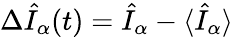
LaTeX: \Delta\hat{I}_{\alpha}(t)=\hat{I}_{\alpha}-\langle\hat{I}_{\alpha}\rangle